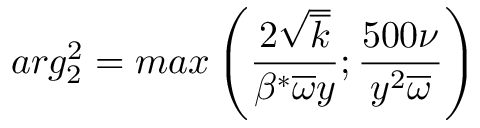
a r g _ { 2 } ^ { 2 } = m a x \left( \frac { 2 \sqrt { \overline { { k } } } } { \beta ^ { * } \overline { { \omega } } y } ; \frac { 5 0 0 \nu } { y ^ { 2 } \overline { { \omega } } } \right)